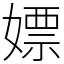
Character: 嫖